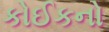
કોઈકનો